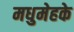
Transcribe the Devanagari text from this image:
मधुमेहके